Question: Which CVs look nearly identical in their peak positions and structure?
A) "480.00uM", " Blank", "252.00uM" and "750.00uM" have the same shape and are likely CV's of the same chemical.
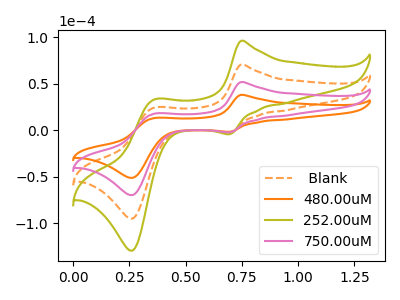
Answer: <think>The orange dashed curve " Blank" has anodic peaks at (0.75V, 103.55uA) (0.35V, 35.70uA) and cathodic peaks at (0.70V, -4.65uA) (0.25V, -139.45uA). The orange curve "480.00uM" has anodic peaks at (0.75V, 38.00uA) (0.35V, 13.10uA) and cathodic peaks at (0.70V, -1.70uA) (0.25V, -51.20uA). The olive curve "252.00uM" has anodic peaks at (0.75V, 155.30uA) (0.35V, 53.60uA) and cathodic peaks at (0.70V, -6.95uA) (0.25V, -209.20uA). The pink curve "750.00uM" has anodic peaks at (0.75V, 51.75uA) (0.35V, 17.85uA) and cathodic peaks at (0.70V, -2.30uA) (0.25V, -69.75uA).
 All the peaks in " Blank" have a peak in "480.00uM" at the same potential. Every peak in " Blank" is higher than every peak in "480.00uM". All the peaks in " Blank" have a peak in "252.00uM" at the same potential. Every peak in " Blank" is lower than every peak in "252.00uM". All the peaks in " Blank" have a peak in "750.00uM" at the same potential. Every peak in " Blank" is higher than every peak in "750.00uM". All the peaks in "480.00uM" have a peak in "252.00uM" at the same potential. Every peak in "480.00uM" is lower than every peak in "252.00uM". All the peaks in "480.00uM" have a peak in "750.00uM" at the same potential. Every peak in "480.00uM" is lower than every peak in "750.00uM". All the peaks in "252.00uM" have a peak in "750.00uM" at the same potential. Every peak in "252.00uM" is higher than every peak in "750.00uM".</think>
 <answer>A) "480.00uM", " Blank", "252.00uM" and "750.00uM" have the same shape and are likely CV's of the same chemical.</answer>
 <eval>A</eval>